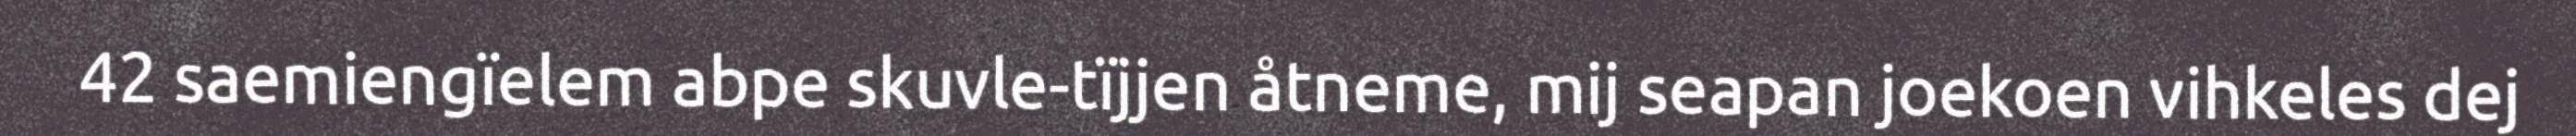
42 saemiengïelem abpe skuvle-tïjjen åtneme, mij seapan joekoen vihkeles dej